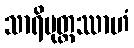
သာရိပုတ္တဿာဟံ